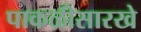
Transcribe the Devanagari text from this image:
पाकळीसारखे